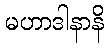
မဟာဒါနာနိ